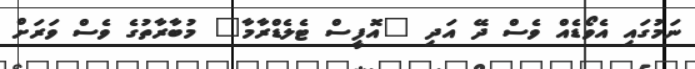
ނަމުގައި އެވޯޑެއް ވެސް ދޭ އަދި "އޮފީސް ޓެލެޑްރާމާ" މުބާރާތުގެ ވެސް ވަރަށް